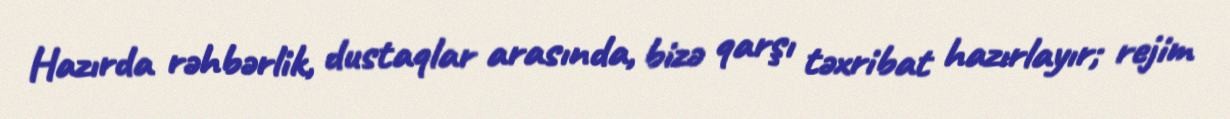
Hazırda rəhbərlik, dustaqlar arasında, bizə qarşı təxribat hazırlayır; rejim